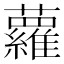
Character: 蘿